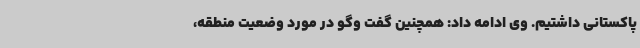
پاکستانی داشتیم. وی ادامه داد: همچنین گفت وگو در مورد وضعیت منطقه،